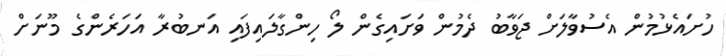
ހުށައެޅުމުން އެސުވާލަށް ޖަވާބު ދެމުން ވަށައިގެން ލޯ ހިންގާލައިފައި އަނބުރާ އަހަރެންގެ މޫނަށް